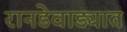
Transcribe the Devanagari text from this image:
रानडेवाड्यात